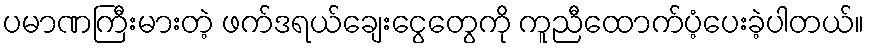
ပမာဏကြီးမားတဲ့ ဖက်ဒရယ်ချေးငွေတွေကို ကူညီထောက်ပံ့ပေးခဲ့ပါတယ်။